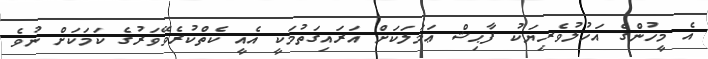
އެ މީހުންގެ އަހުލުވެރިޔަކު ފާޙިޝް ޢަމަލަކަށް އަރައިގަތުމަކީ އެއީ ކެތްކުރެވޭވަރުގެ ކަމަކަށް ނުވެ